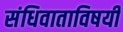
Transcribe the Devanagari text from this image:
संधिवाताविषयी